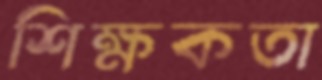
শিক্ষকতা